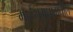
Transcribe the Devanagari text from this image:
मत्स्यगंधामधील